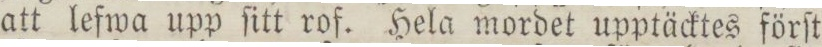
att lefwa upp ſitt rof. Hela mordet upptäcktes förſt